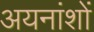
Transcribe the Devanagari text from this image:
अयनांशों